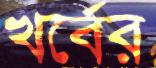
খর্বের